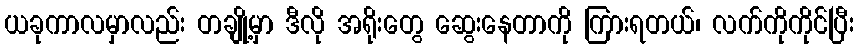
ယခုကာလမှာလည်း တချို့မှာ ဒီလို အရိုးတွေ ဆွေးနေတာကို ကြားရတယ်၊ လက်ကိုကိုင်ပြီး